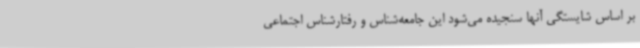
بر اساس شایستگی‌ آنها سنجیده می‌شود این جامعه‌شناس و رفتارشناس اجتماعی